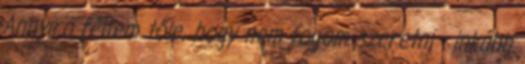
Annyira féltem tőle, hogy nem fogom szeretni - inkább